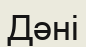
Дәні